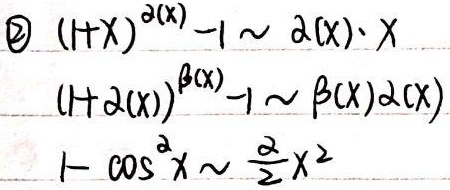
(2) $(1 + x)^{\alpha(x)}-1\sim\alpha(x)\cdot x$，$(1+\alpha(x))^{\beta(x)}-1\sim\beta(x)\alpha(x)$，$1-\cos^{\alpha}x\sim\frac{\alpha}{2}x^{2}$